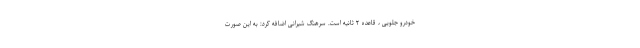
خودرو جلویی ، قاعده ۲ ثانیه است. سرهنگ شیرانی اضافه کرد: به این صورت